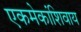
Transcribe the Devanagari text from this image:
एकमेकांशिवाय